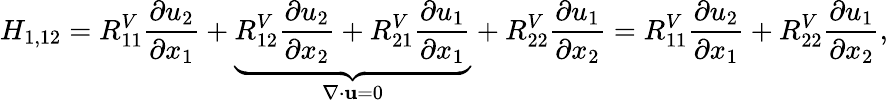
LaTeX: H_{1,12}=R_{11}^{V}\frac{\partial u_{2}}{\partial x_{1}}+\underbrace{R_{12}^{V}\frac{\partial u_{2}}{\partial x_{2}}+R_{21}^{V}\frac{\partial u_{1}}{\partial x_{1}}}_{\nabla\cdot\mathbf{u}=0}+R_{22}^{V}\frac{\partial u_{1}}{\partial x_{2}}=R_{11}^{V}\frac{\partial u_{2}}{\partial x_{1}}+R_{22}^{V}\frac{\partial u_{1}}{\partial x_{2}},